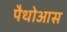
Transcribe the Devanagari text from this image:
पैथोआस